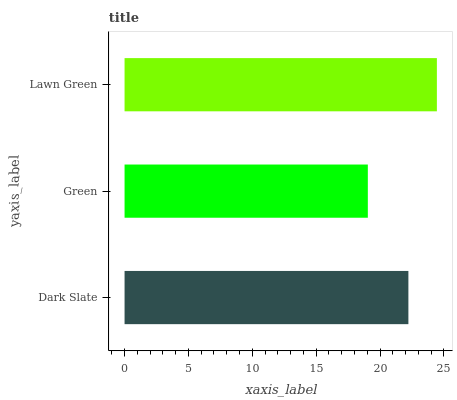
| yaxis_label | bars |
 | --- | --- |
 | Dark Slate | 22.2 |
 | Green | 19 |
 | Lawn Green | 24.5 |